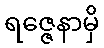
ရဇ္ဇေနာမှိ